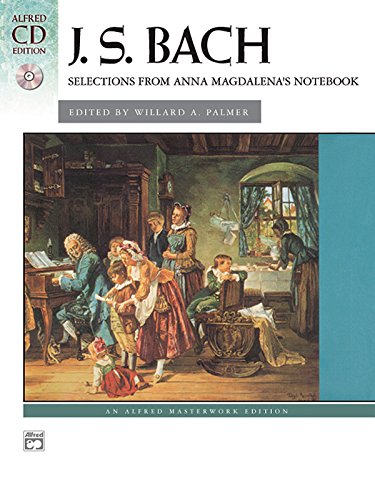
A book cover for J.S. Bach: Selections from Anna Magdalena's Notebook (Book & CD) (Alfred Masterwork Edition); J. S. Bach; Humor & Entertainment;